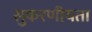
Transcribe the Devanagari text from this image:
सुकरणीयता